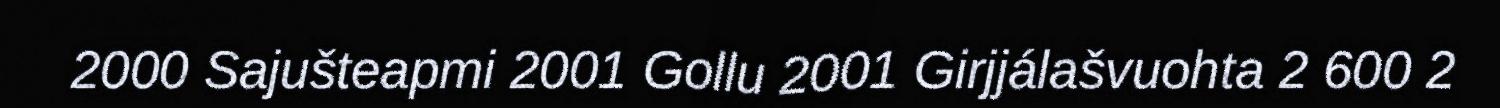
2000 Sajušteapmi 2001 Gollu 2001 Girjjálašvuohta 2 600 2